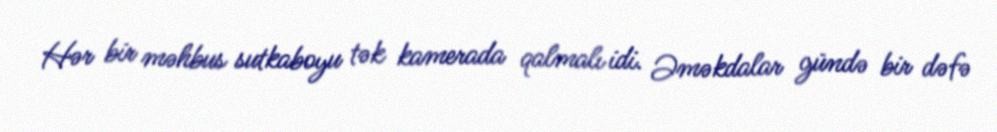
Hər bir məhbus sutkaboyu tək kamerada qalmalı idi. Əməkdalar gündə bir dəfə